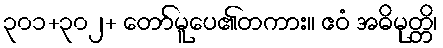
၃၀၁+၃၀၂+ တော်မူပေ၏တကား။ ဧဝံ အဓိမုတ္တိ၊